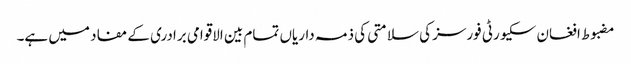
مضبوط افغان سکیورٹی فورسز کی سلامتی کی ذمہ داریاں تمام بین الاقوامی برادری کے مفاد میں ہے۔